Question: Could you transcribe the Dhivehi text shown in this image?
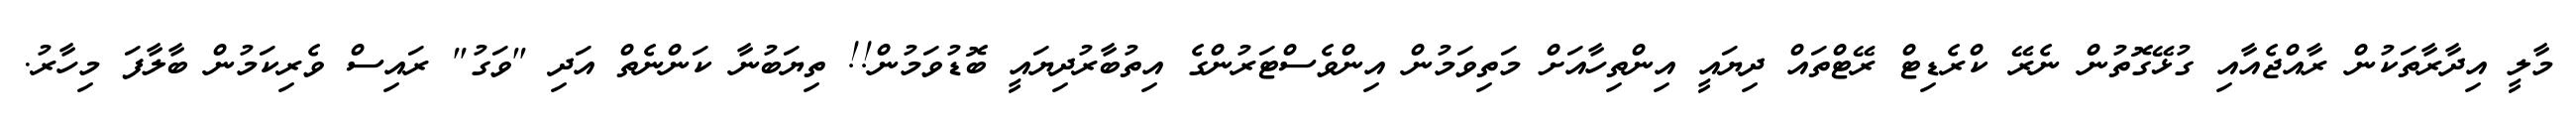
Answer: މާލީ އިދާރާތަކުން ރާއްޖެއާއި ގުޅޭގޮތުން ނެރޭ ކްރެޑިޓް ރޭޓްތައް ދިޔައީ އިންތިހާއަށް މަތިވަމުން އިންވެސްޓަރުންގެ އިތުބާރުދިޔައީ ބޮޑުވަމުން!! ތިޔަބުނާ ކަންނެތް އަދި "ވަގު" ރައިސް ވެރިކަމުން ބާލާފަ މިހާރު.